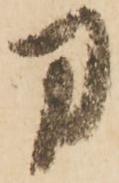
刀